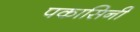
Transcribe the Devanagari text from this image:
पकासिनी